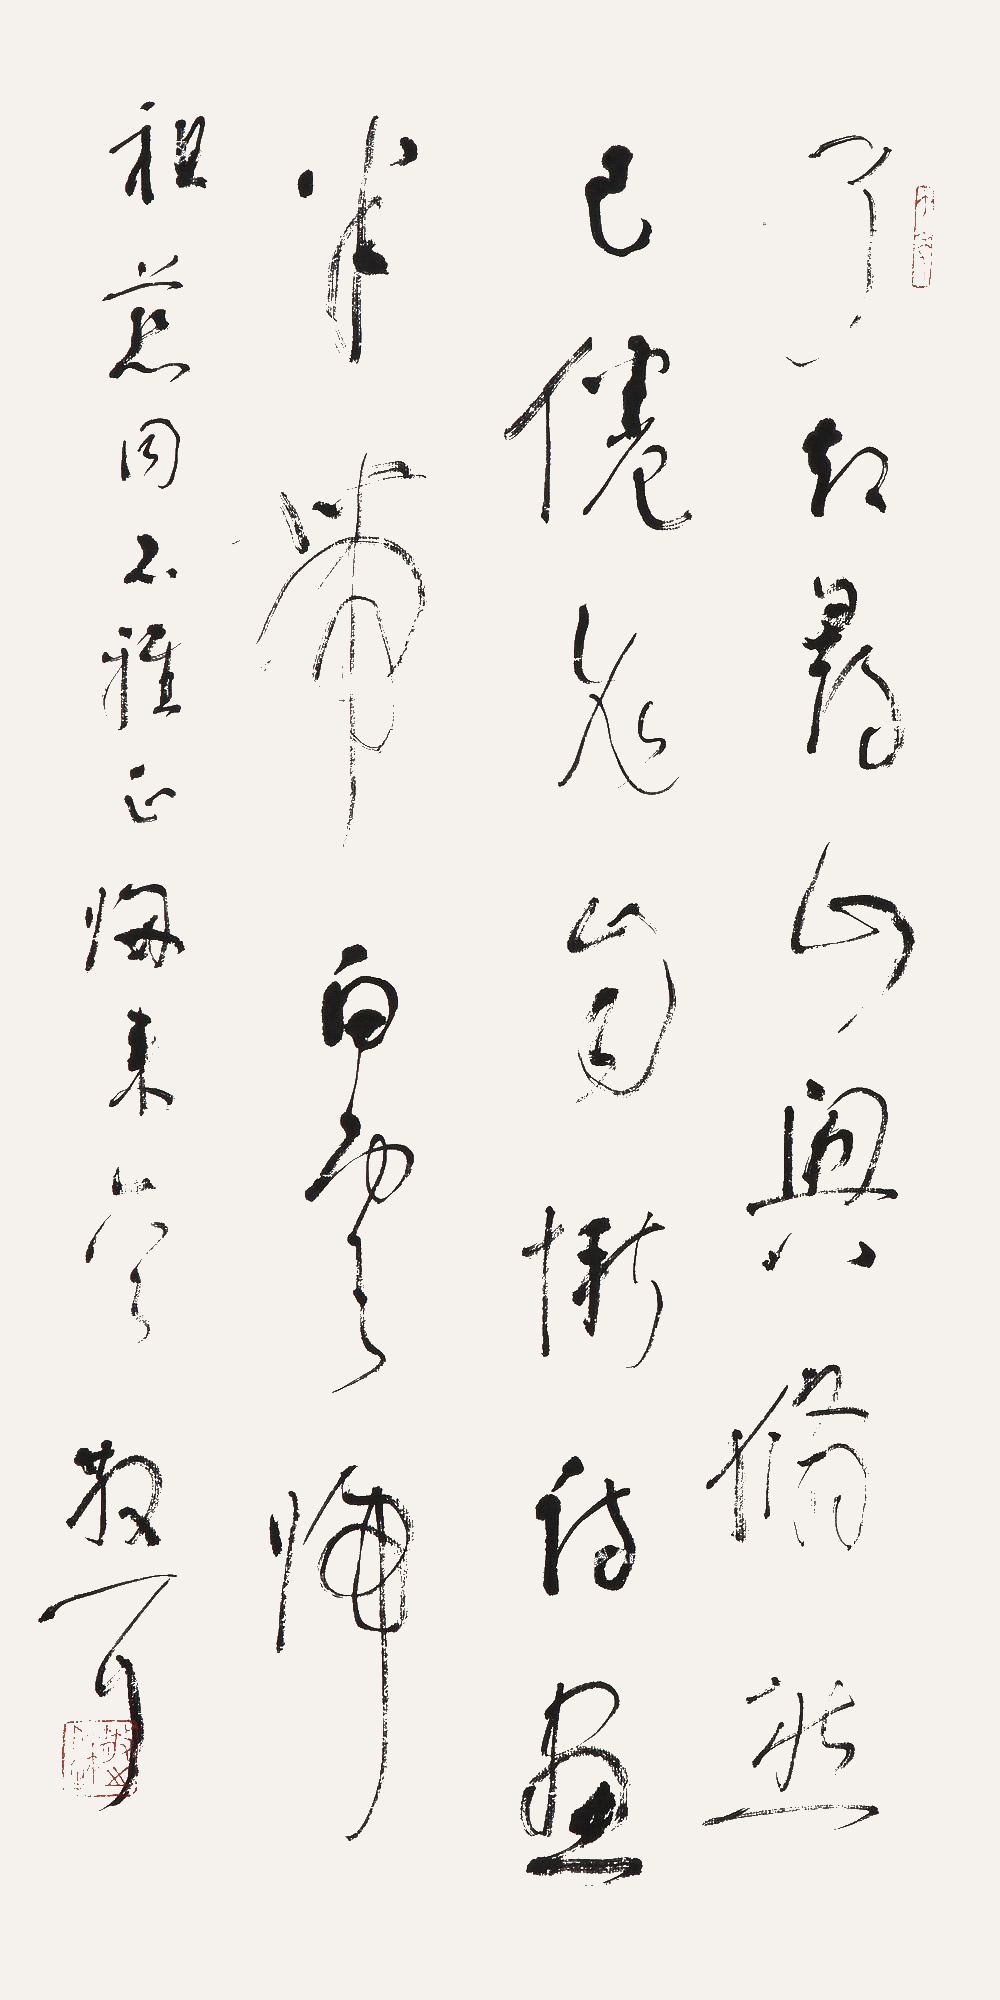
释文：了却寻山兴，翛然已倦飞。自惭诗画里，半带白云归。祖慈同志雅正，归来一首，散耳。